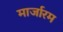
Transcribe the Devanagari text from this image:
मार्जारम